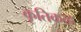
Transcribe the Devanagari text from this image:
कृतिकळ